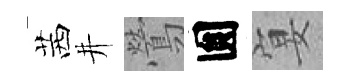
茜井鶯圎宴